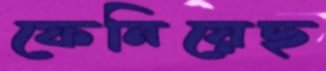
ফেনিয়েছ